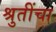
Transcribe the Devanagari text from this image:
श्रुतींचा